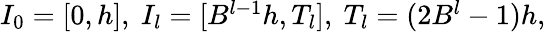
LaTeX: \begin{array}{r}{I_{0}=[0,h],\ I_{l}=[B^{l-1}h,T_{l}],\ T_{l}=(2B^{l}-1)h,}\end{array}